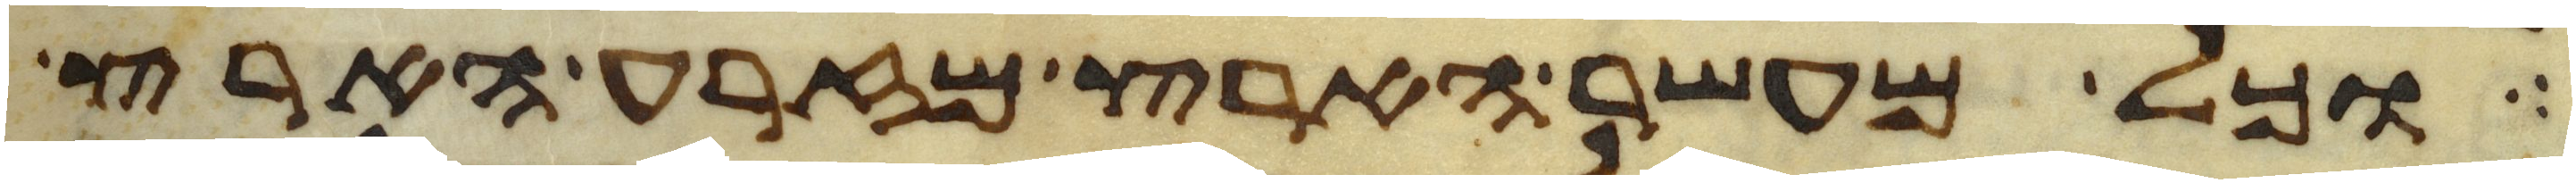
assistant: וכל מעשר הארץ מזרע הארץ